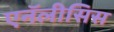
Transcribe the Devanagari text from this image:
एनॅलीसिस